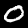
Label: 0